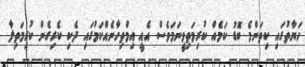
ހަޔާތުގައި ކިތަންމެ ބޮޑު ކަމެއް ކުރިމަތިވީނަަމަވެސް އެއީ އިމްތިހާނެއްކަމުގައި ދެކި ކެރިގެން ކުރިމަތިލާ